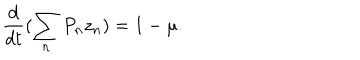
\frac { d } { d t } ( \sum _ { n } P _ { n } z _ { n } ) = 1 - \mu .